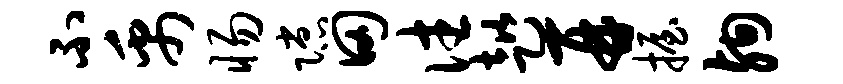
不禹惕隙田往趑再握殉